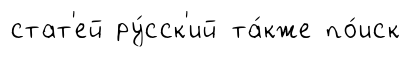
стат'ей ру́сск'ий та́кже по́иск